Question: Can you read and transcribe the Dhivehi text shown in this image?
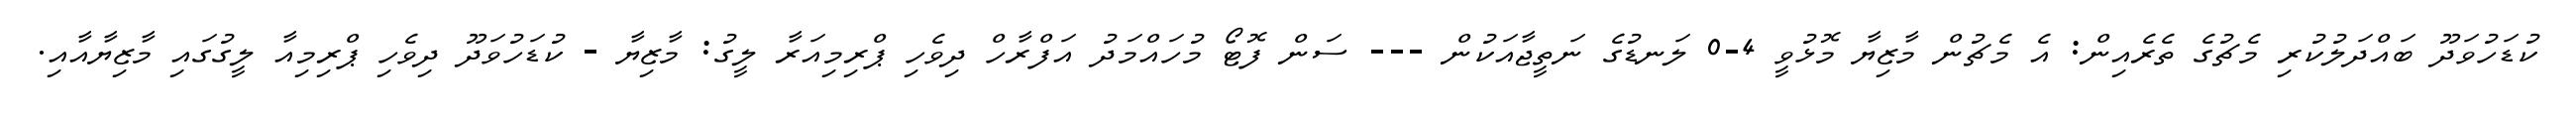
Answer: ކުޑަހުވަދޫ ބައްދަލުކުރި މެޗުގެ ތެރެއިން: އެ މެޗުން މާޒިޔާ މޮޅުވީ 4-0 ލަނޑުގެ ނަތީޖާއަކުން --- ސަން ފޮޓޯ މުހައްމަދު އަފްރާހް ދިވެހި ޕްރިމިއަރާ ލީގު: މާޒިޔާ - ކުޑަހުވަދޫ ދިވެހި ޕްރިމިއާ ލީގުގައި މާޒިޔާއާއި.